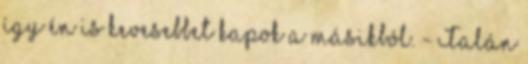
így én is kevesebbet kapok a másikból. - Talán